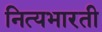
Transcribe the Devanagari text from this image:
नित्यभारती